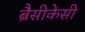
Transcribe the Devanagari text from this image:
ब्रैसीकेसी